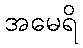
အမေရိ